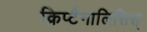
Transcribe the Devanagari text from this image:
क्रिप्टैनालिसिस्